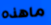
ماهذه